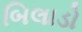
બિલાડો